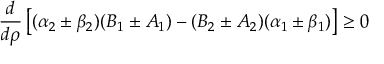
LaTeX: \frac { d } { d \rho } \left[ ( \alpha _ { 2 } \pm \beta _ { 2 } ) ( B _ { 1 } \pm A _ { 1 } ) - ( B _ { 2 } \pm A _ { 2 } ) ( \alpha _ { 1 } \pm \beta _ { 1 } ) \right] \ge 0